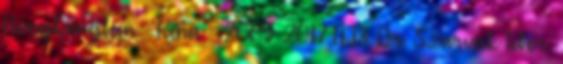
Hongkongban – Kína – 2009 2017.11.13. Dr. Szarvák Tibor: